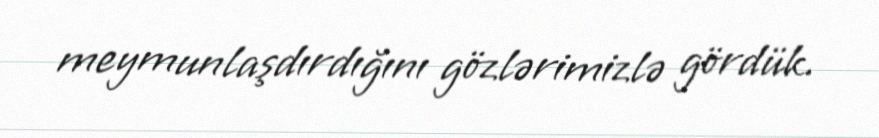
meymunlaşdırdığını gözlərimizlə gördük.